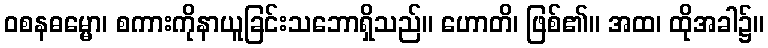
ဝစနဓမ္မော၊ စကားကိုနာယူခြင်းသဘောရှိသည်။ ဟောတိ၊ ဖြစ်၏။ အထ၊ ထိုအခါ၌။